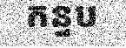
កន្ទប